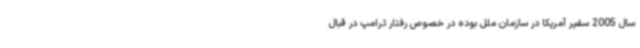
سال 2005 سفیر آمریکا در سازمان ملل بوده در خصوص رفتار ترامپ در قبال